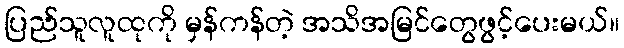
ပြည်သူလူထုကို မှန်ကန်တဲ့ အသိအမြင်တွေဖွင့်ပေးမယ်။